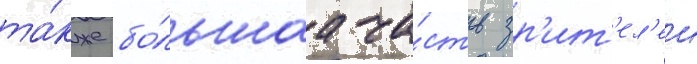
та́кже бо́льшаа ча́сть зр'ит'ел'еи